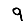
Digit: 9